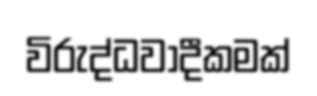
විරුද්ධවාදීකමක්